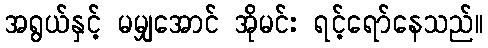
အရွယ်နှင့် မမျှအောင် အိုမင်း ရင့်ရော်နေသည်။